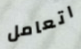
اتعامل